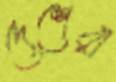
দেশেরা